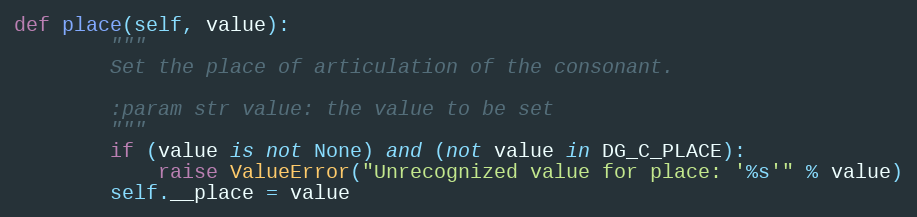
Language: Python
def place(self, value):
        """
        Set the place of articulation of the consonant.

        :param str value: the value to be set
        """
        if (value is not None) and (not value in DG_C_PLACE):
            raise ValueError("Unrecognized value for place: '%s'" % value)
        self.__place = value